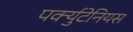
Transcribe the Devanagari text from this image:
पर्क्युटेनियस